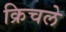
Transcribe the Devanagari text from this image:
क्रिचले